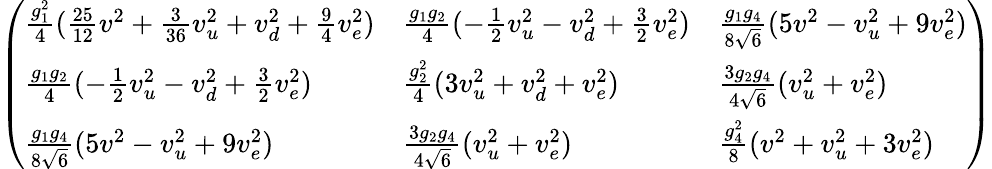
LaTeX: \left(\begin{array}{lll}{{{\frac{g_{1}^{2}}{4}}({\frac{25}{12}}v^{2}+{\frac{3}{36}}v_{u}^{2}+v_{d}^{2}+{\frac{9}{4}}v_{e}^{2})}}&{{{\frac{g_{1}g_{2}}{4}}(-{\frac{1}{2}}v_{u}^{2}-v_{d}^{2}+{\frac{3}{2}}v_{e}^{2})}}&{{{\frac{g_{1}g_{4}}{8\sqrt{6}}}(5v^{2}-v_{u}^{2}+9v_{e}^{2})}}\\ {{{\frac{g_{1}g_{2}}{4}}(-{\frac{1}{2}}v_{u}^{2}-v_{d}^{2}+{\frac{3}{2}}v_{e}^{2})}}&{{{\frac{g_{2}^{2}}{4}}(3v_{u}^{2}+v_{d}^{2}+v_{e}^{2})}}&{{{\frac{3g_{2}g_{4}}{4\sqrt{6}}}(v_{u}^{2}+v_{e}^{2})}}\\ {{{\frac{g_{1}g_{4}}{8\sqrt{6}}}(5v^{2}-v_{u}^{2}+9v_{e}^{2})}}&{{{\frac{3g_{2}g_{4}}{4\sqrt{6}}}(v_{u}^{2}+v_{e}^{2})}}&{{{\frac{g_{4}^{2}}{8}}(v^{2}+v_{u}^{2}+3v_{e}^{2})}}\end{array}\right)